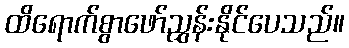
ထိရောက်စွာဖော်ညွှန်းနိုင်ပေသည်။